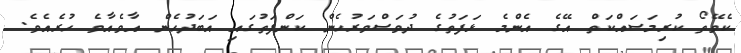
ކެވޭތޯ ކުރިމަސައްކަތް އޭގެ އެންމެ ޅަފަތުގެ ދުވަސްވަރުހެން ކަންފަތުގައި އަބަދުހެން އާވެއާވެ ހުރެއެވެ.